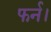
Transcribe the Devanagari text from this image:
फर्न।